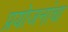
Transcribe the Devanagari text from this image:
प्रयोजनांचा